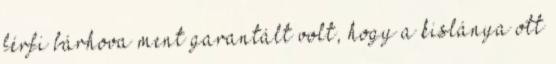
férfi bárhova ment garantált volt, hogy a kislánya ott